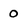
Character: 0